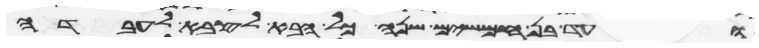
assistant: ועד בן חמשים שנה כל הבא לצבא לעבדה